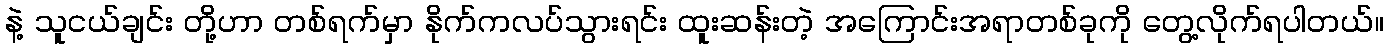
နဲ့ သူငယ်ချင်း တို့ဟာ တစ်ရက်မှာ နိုက်ကလပ်သွားရင်း ထူးဆန်းတဲ့ အကြောင်းအရာတစ်ခုကို တွေ့လိုက်ရပါတယ်။